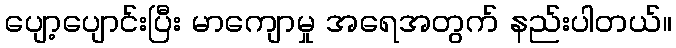
ပျော့ပျောင်းပြီး မာကျောမှု အရေအတွက် နည်းပါတယ်။